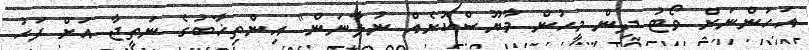
އަހަންނަށް ވޯޓު ދިން މީހުން މާޔޫސްކޮށެއް ނުލާނަން" އިންތިޚާބުގެ ނަތީޖާ އަށް ފަހު